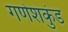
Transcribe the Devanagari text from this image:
गणेशकुंड